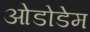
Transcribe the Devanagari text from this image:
ओडोडेम